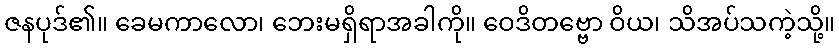
ဇနပုဒ်၏။ ခေမကာလော၊ ဘေးမရှိရာအခါကို။ ဝေဒိတဗ္ဗော ဝိယ၊ သိအပ်သကဲ့သို့။